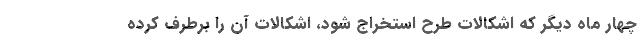
چهار ماه دیگر که اشکالات طرح استخراج شود، اشکالات آن را برطرف کرده